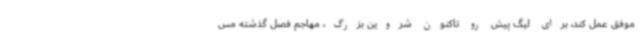
موفق عمل کند، برای لیگ پیش رو تاکنون شروین بزرگ، مهاجم فصل گذشته مس